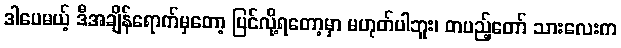
ဒါပေမယ့် ဒီအချိန်ရောက်မှတော့ ပြင်လို့ရတော့မှာ မဟုတ်ပါဘူး၊ တပည့်တော် သားလေးက